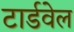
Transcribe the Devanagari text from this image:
टार्डवेल